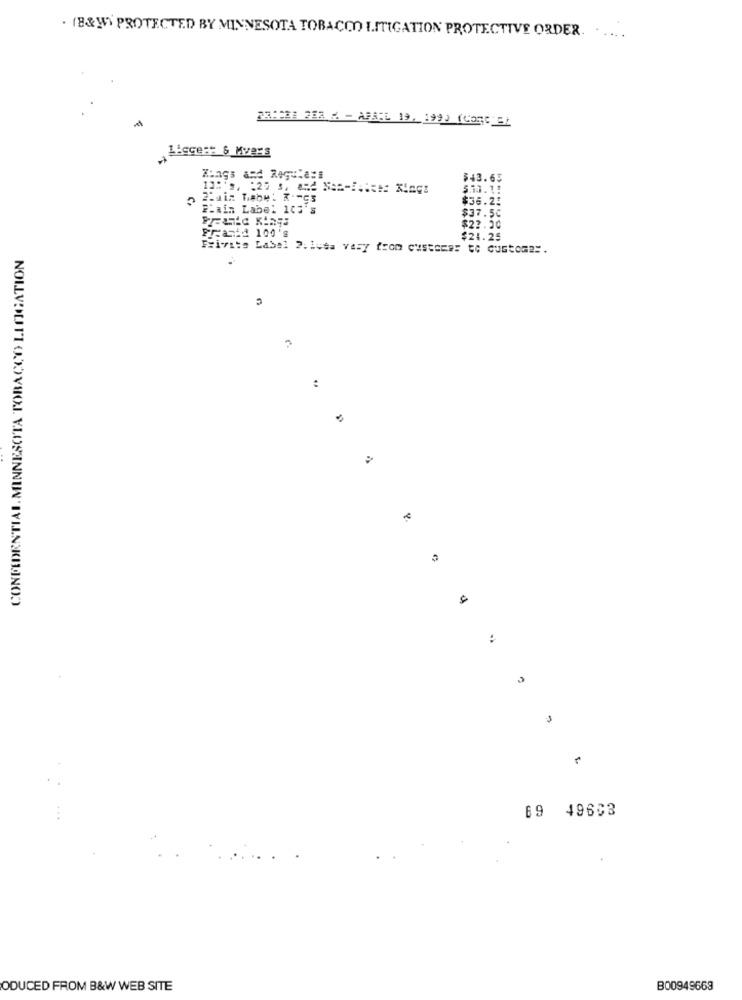
. (B& W) PROTECTED BY MINNESOTA TOBACCO LITIGATION PROTECTIVE ORDER.
....
FR:232 282 11 - APRIL 19. 1990 (Come =)
Liggest &_Mars
Kings and Regula:i
$43.63
12: 01 :20 s. aRd Nat-TAIRes Kings
5.10.1:
$36.2:
Lain Label 105's
$37.50
$22.30
Freacid 100's
$24.25
A TOBACCO LITIGATION
Fyi-vite Label 2. 1usa vary from customer to customer.
:
CONFEDENTIAL. MINNESOIT
69 49603
....
ODUCED FROM B&W WEB SITE
B00949663